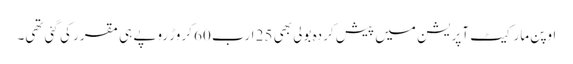
اوپن مارکیٹ آپریشن میں پیش کردہ بولی بھی 25 ارب 60 کروڑ روپے ہی مقرر کی گئی تھی۔